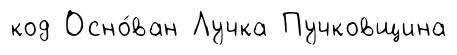
код Осно́ван Лучка Пучковщина